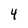
Character: 4